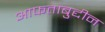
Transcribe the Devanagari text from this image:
आफताबुद्दीन